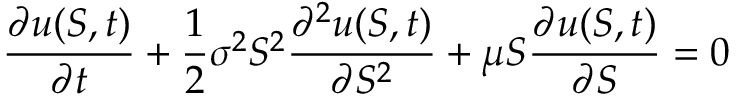
{ \frac { \partial u ( S , t ) } { \partial t } } + { \frac { 1 } { 2 } } \sigma ^ { 2 } S ^ { 2 } { \frac { \partial ^ { 2 } u ( S , t ) } { \partial S ^ { 2 } } } + \mu S { \frac { \partial u ( S , t ) } { \partial S } } = 0